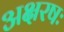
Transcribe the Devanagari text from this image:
अक्षरषः